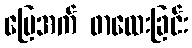
မြေအက် ဖာထေးခြင်း